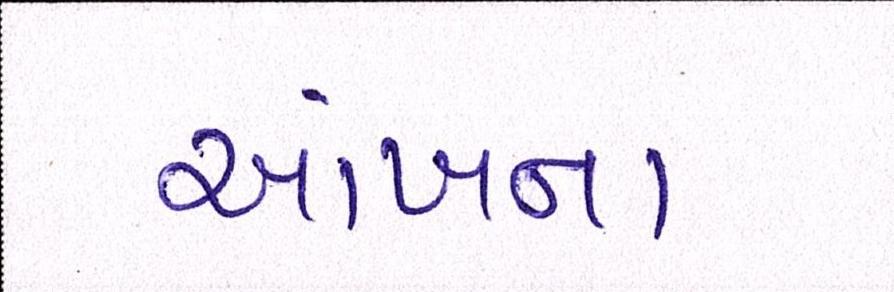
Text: આંખના